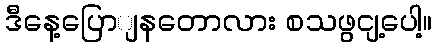
ဒီနေ့ပြောျနတောလား စသဖွငျ့ပေါ့။